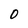
Character: o